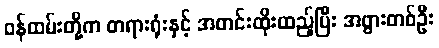
ဝန်ထမ်းတို့က တရားရုံးနှင့် အတင်းထိုးထည့်ပြီး အဖွားတစ်ဦး